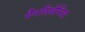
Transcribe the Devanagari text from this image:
पैनसिवेनिया